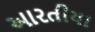
આરતીયા